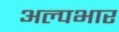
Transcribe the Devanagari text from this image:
अल्पभार